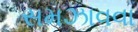
સમઝાવવા